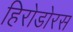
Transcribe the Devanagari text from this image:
हिरोडोरस